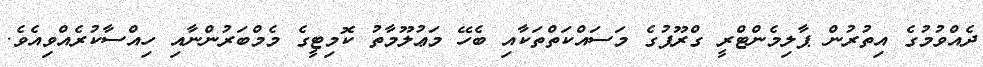
ދެއްވުމުގެ އިތުރުން ޕާލިމެންޓްރީ ގްރޫޕުގެ މަސައްކަތްތަކާއި ބެހޭ މަޢުލޫމާތު ކޮމިޓީގެ މެމްބަރުންނާއި ހިއްސާކުރެއްވިއެވެ.